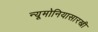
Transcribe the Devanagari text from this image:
न्यूमोनियासारखी